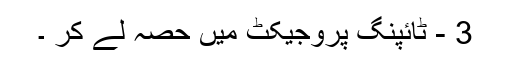
3 - ٹائپنگ پروجیکٹ میں حصہ لے کر ۔